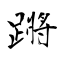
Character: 蹡